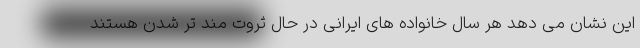
این نشان می دهد هر سال خانواده های ایرانی در حال ثروت مند تر شدن هستند